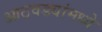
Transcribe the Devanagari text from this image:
आठवड्यांमध्ये